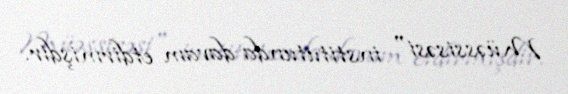
Müəssisəsi" institutunda davam etdirmişdir.